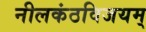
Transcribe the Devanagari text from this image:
नीलकंठविजयम्